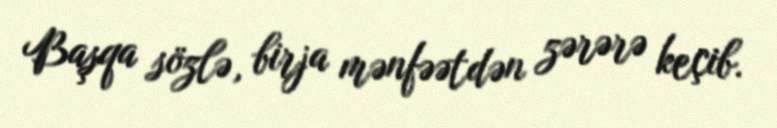
Başqa sözlə, birja mənfəətdən zərərə keçib.